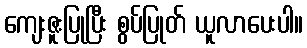
ကျေးဇူးပြုပြီး စွပ်ပြုတ် ယူလာပေးပါ။